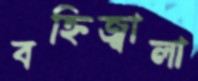
বহ্নিজ্বালা